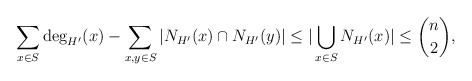
\begin{align*}\sum_{x\in S} \deg_{H'}(x) - \sum_{x, y\in S} | N_{H'}(x) \cap N_{H'}(y) | \le | \bigcup_{x\in S} N_{H'}(x) | \le \binom{n}{2},\end{align*}